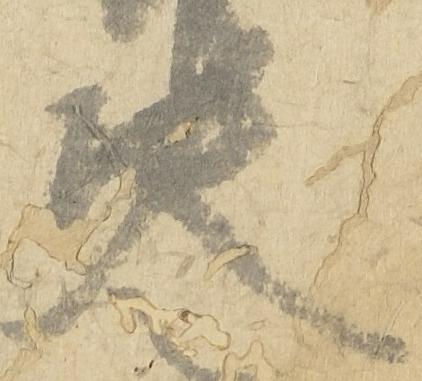
決